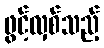
ဖွင့်လှစ်သည့်